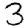
Digit: 3